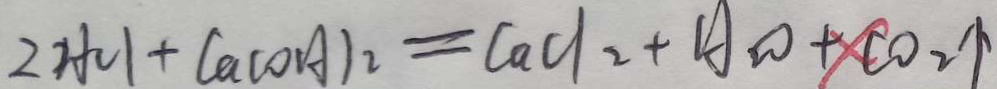
2 H C l + C a ( O H ) _ { 2 } = C a C l _ { 2 } + H _ { 2 } O + C O _ { 2 } \uparrow